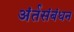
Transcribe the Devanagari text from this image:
अंर्तसंबंधन